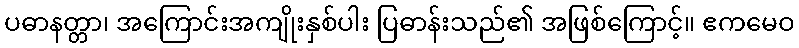
ပဓာနတ္တာ၊ အကြောင်းအကျိုးနှစ်ပါး ပြဓာန်းသည်၏ အဖြစ်ကြောင့်။ ဧကမေဝ